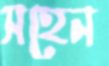
সহেন